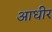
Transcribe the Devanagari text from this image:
आधीर